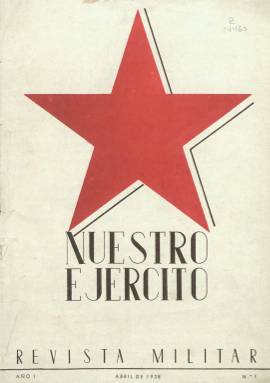
Título: Nuestro ejército (Barcelona)
Colección: Guerra civil
Ámbito geográfico: Barcelona
Lugar de publicación: Barcelona
Fechas: 01/04/1938-30/04/1938

Esta revista militar del Ejército Popular de la República, editada en Barcelona, comenzó en abril de 1938 y se prolongó durante todo ese año sin que, al parecer, llegara a publicarse ningún número en 1939 debido a la caída de Cataluña ante las tropas del bando nacional, lo que aceleró el final de la Guerra Civil.

   Los meses de mayo y junio se editaron juntos. Salió luego la revista de julio, en la que se aludía a la rebelión militar del día 18 del año 1936 que dio inicio a la guerra, y de nuevo se publicaron juntos los meses de septiembre y octubre por un lado, y noviembre y diciembre por otro.

  La BNE sólo posee de este título el primer número, que se abre, en la página con el sumario de su contenido, con un grabado en el que se rememora una escena de la Guerra de la Independencia española contra los franceses en 1808. Efectivamente, se trata de un número en el que se hace en varios lugares una comparación de esta histórica guerra con la que se estaba viviendo entonces de lucha contra los ejércitos extranjeros de Alemania e Italia, que estaban combatiendo en España en apoyo del bando nacional.

   Abundando en esta comparación figura uno de los contenidos más destacables de este primer número: un artículo del poeta Antonio Machado dedicado a la figura de El Empecinado, uno de los héroes guerrilleros de la Guerra de la Independencia, a quien llama un verdadero capitán del pueblo y pone metafóricamente de lado del Ejército de la República:

  ‘No lo dudéis, egregios capitanes, amigos queridos del Ejército Popular, la sombra de Juan Martín os acompaña; con vosotros estuvo, combatiendo al fascio a las puertas de Madrid; estará con vosotros allí donde os encontréis. Con vosotros, y al lado de nuestra gloriosa República, incorporada al gran ejército de la victoria’.

   Este artículo de Antonio Machado cuenta también con la particularidad de contar con un retrato a carboncillo de El Empecinado realizado por su hermano José Machado, quien sería también cronista de los últimos días del poeta en Francia.

  Por lo demás, el contenido de la revista lo componen artículos de ciencia y práctica militar escritos por varios mandos del Ejército Popular, además de una loa al General Miaja, máximo jefe militar del ejército de Centro, así como disposiciones oficiales del Gobierno, páginas de propaganda y alguna otra de información internacional como la lucha del pueblo chino contra el invasor japonés.

   También es de destacar la página dedicada a la película soviética ‘Lenin en Octubre’, que recoge la actuación del líder de la Revolución Rusa en las jornadas de octubre de 1917, y que prueba la fuerte dependencia que el Gobierno de la República tenía de la ayuda de la Unión Soviética.

 Desde el punto de vista gráfico hay en este número de Nuestro Ejército aspectos destacables, como una fotografía a toda página tomada desde el aire en la que se ve el crucero Baleares, del bando sublevado, en llamas después de ser atacado por la flota republicana.

[Descripción publicada el 17/08/2022]